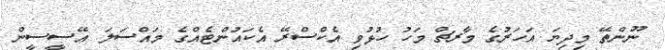
ނޫންތޭ މިދިޔަ އަހަރުގެ މާރޗް މަހު ހުޅުވި އެކްސްރޭ އެކައުންޓެއްގެ މައްސަލަ އޭސީސީން